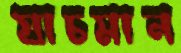
যাচমান